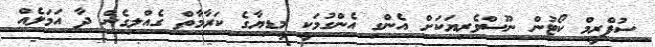
ސުޕްރީމް ކޯޓުން ނޫސްވެރިޔަކަށް އެންގި އެންގުމަކީ މީޑިޔާގެ ކަރާމާތް ގެއްލިގެން ދާ އަމަލެއް